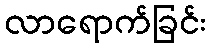
လာရောက်ခြင်း